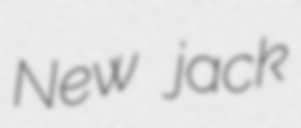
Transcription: New jack